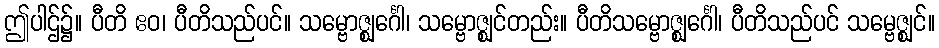
ဤပါဌ်၌။ ပီတိ ဧဝ၊ ပီတိသည်ပင်။ သမ္ဗောဇ္ဈင်္ဂေါ၊ သမ္ဗောဇ္ဈင်တည်း။ ပီတိသမ္ဗောဇ္ဈင်္ဂေါ၊ ပီတိသည်ပင် သမ္ဗေဇ္ဈင်။